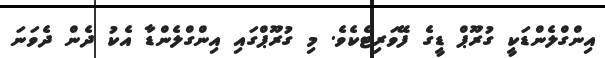
އިންގްލެންޑަކީ ގުރޫޕް ޑީގެ ފޭވަރިޓެކެވެ. މި ގުރޫޕްގައި އިންގްލެންޑާ އެކު ދެން ދެވަނަ